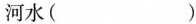
河水( )